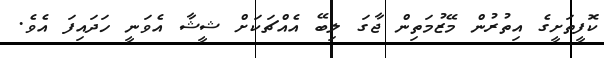
ކޮފީތަށީގެ އިތުރުން މޭޒުމަތިން ޖާގަ ލިބޭ އެއްޗަކަށް ޝީޝާ އެވަނީ ހަދައިފަ އެވެ.